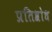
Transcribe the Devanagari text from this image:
प्रतिश्रोध